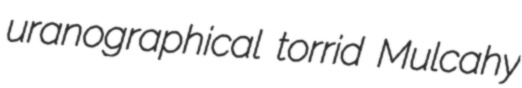
uranographical torrid Mulcahy